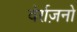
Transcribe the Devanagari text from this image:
वेर्राज़नो